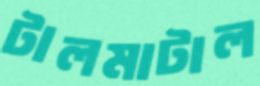
টালমাটাল